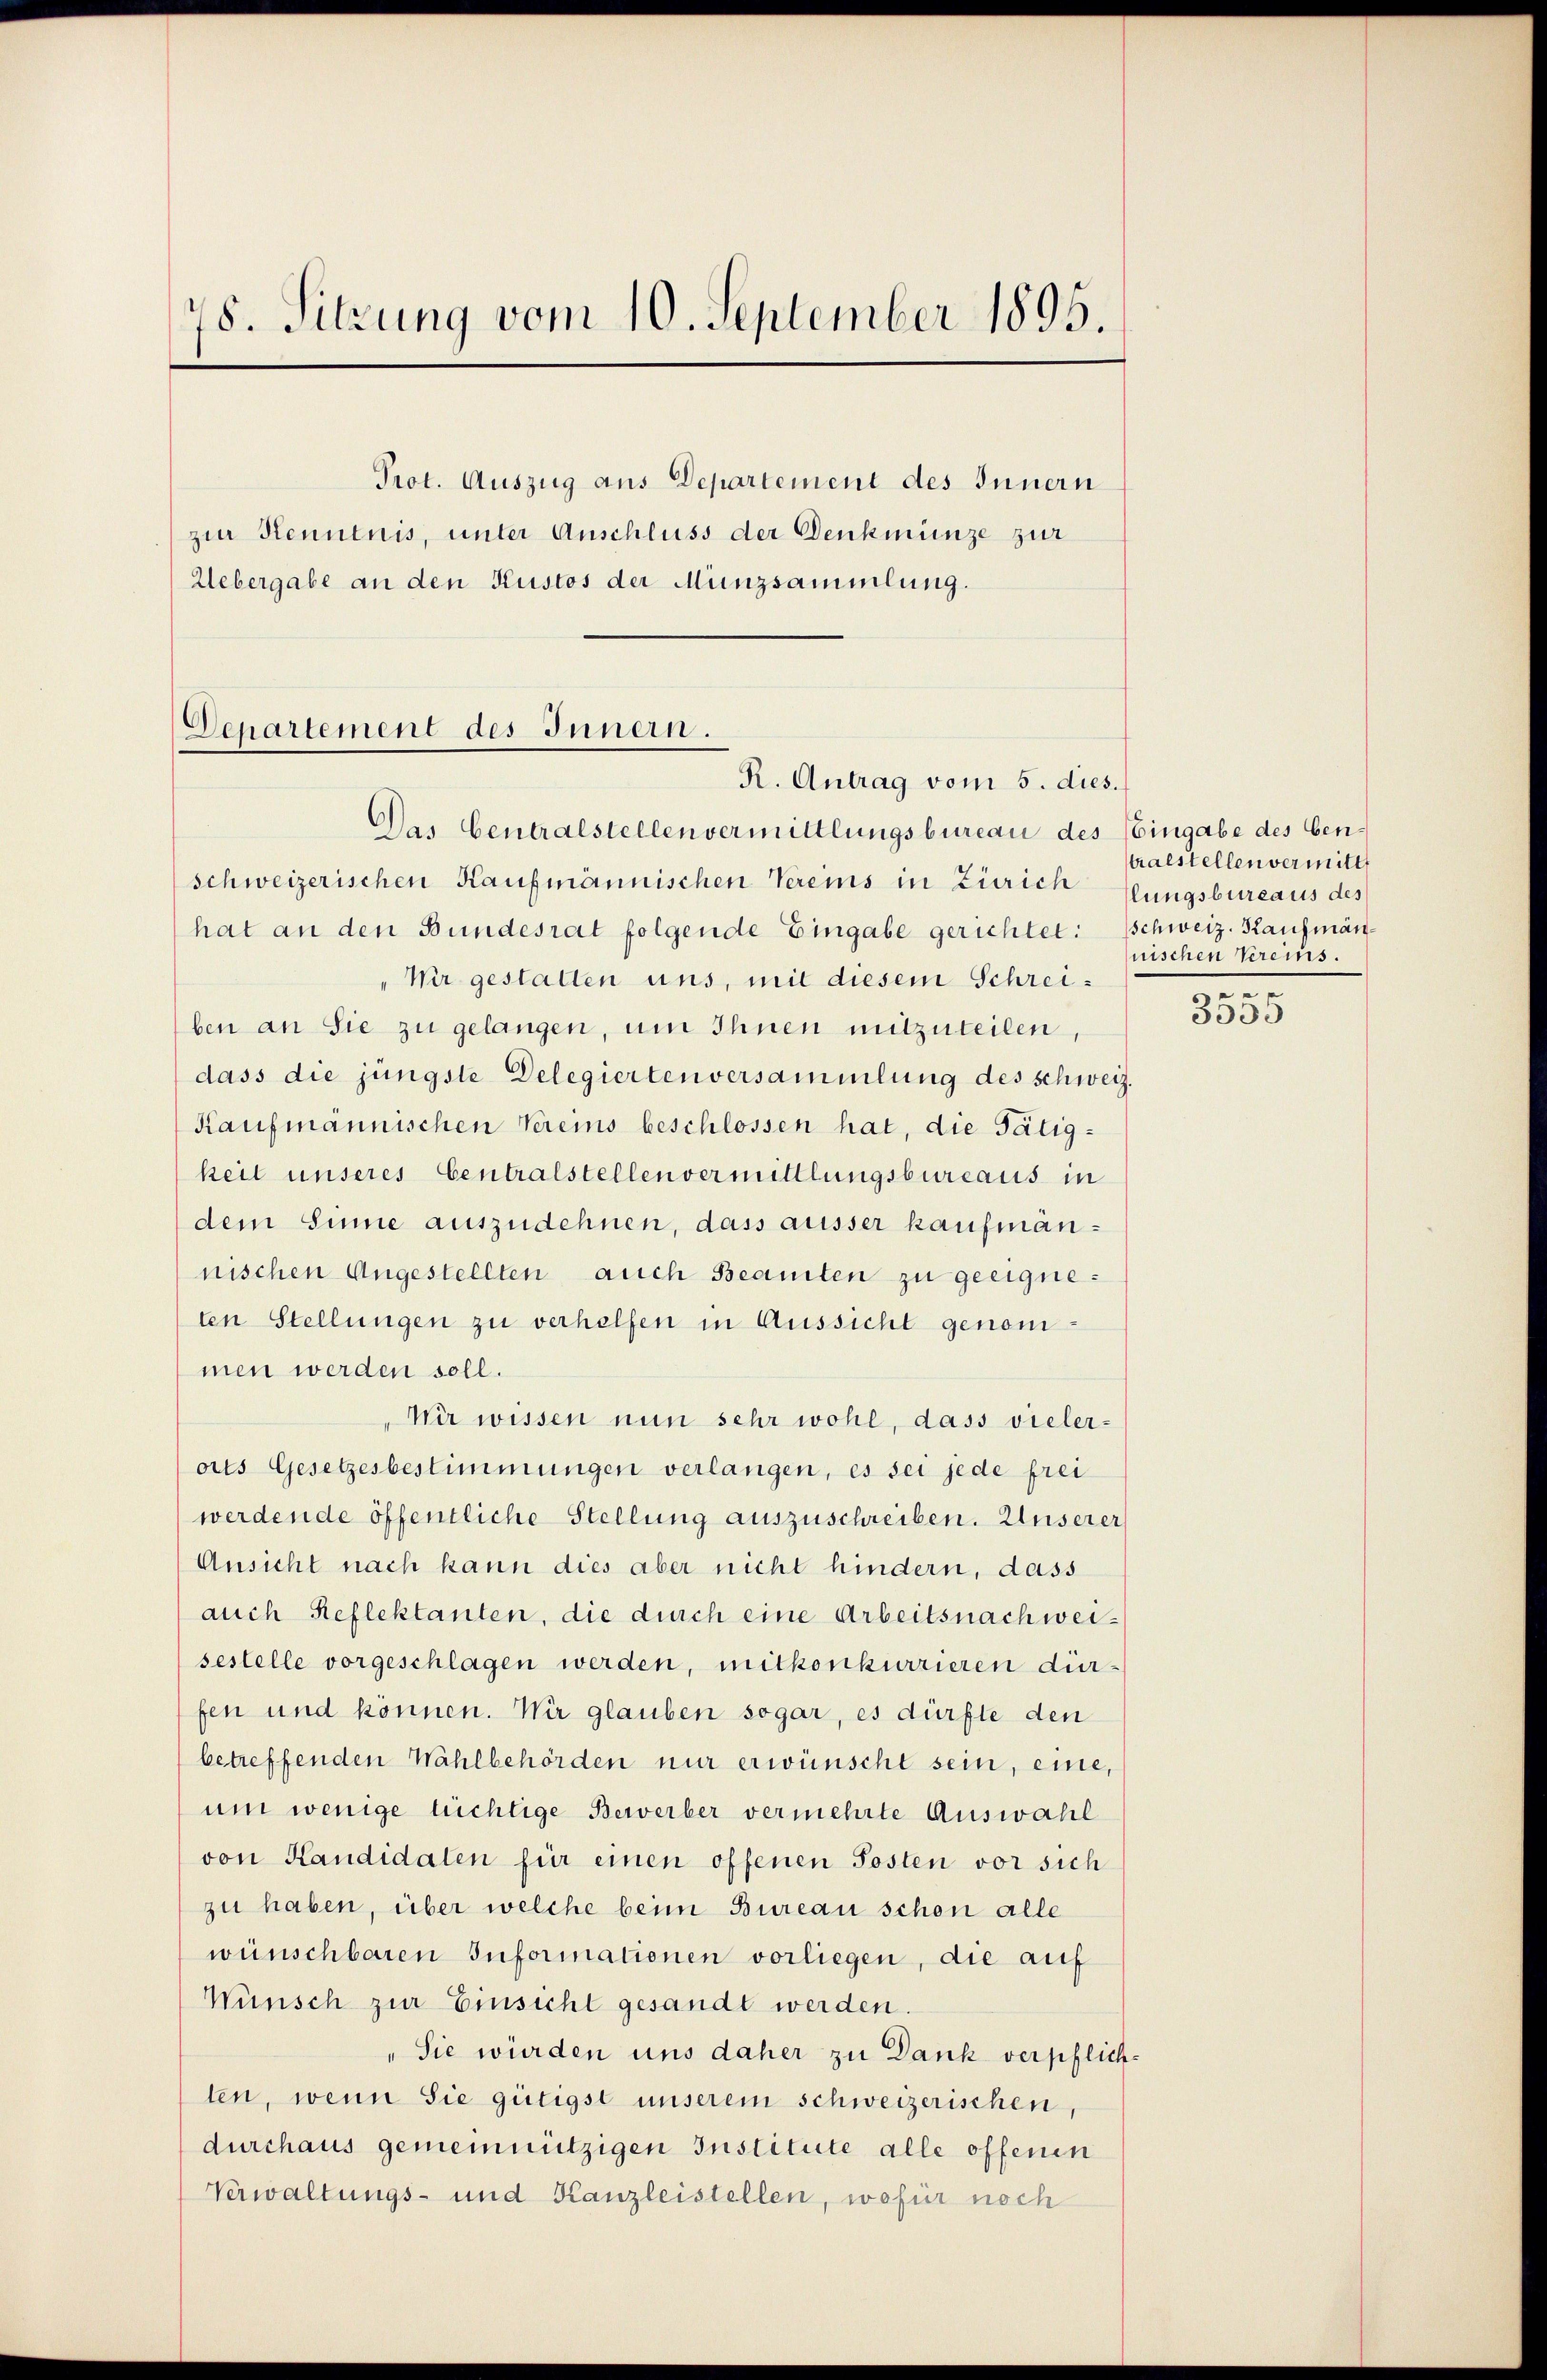
78. Sitzung vom 10. September 1895.
Prot. Auszug aus Departement des Innern
zur Kenntnis, unter Anschluss der Denkmünze zur
Uebergabe an den Kustos der Münzsammlung.

Departement des Innern.
R. Antrag vom 5. dies.

Das Centralstellen vermittlungsbureau des Eingabe des ben
schweizerischen Kaufmännischen Vereins in Zürich fungsbureaus des
hat an den Bundesrat folgende Eingabe gerichtet: Schweiz. Kaufmän¬
Wir gestatten uns, mit diesem Schreiben an Sie zu gelangen, um Ihnen mitzuteilen,
dass die jüngste Delegierten versammlung des schweiz.
Kaufmännischen Vereins beschlossen hat, die Tätigkeit unseres Centralstellen vermittlungsbureaus in
dem Sinne auszudehnen, dass ausser kaufmännischen Angestellten auch Beamten zu geeigneten Stellungen zu verhelfen in Aussicht genommen werden soll.
Wir wissen nun sehr wohl, dass vieler-
oits Gesetzesbestimmungen verlangen, es sei jede frei
werdende öffentliche Stellung auszuschreiben. Unserer
Ansicht nach kann dies aber nicht hindern, dass
auch Reflektanten, die durch eine Arbeitsnach weisestelle vorgeschlagen werden, mitkonkurrieren dür-
fen und können. Wir glauben sogar, es dürfte den
betreffenden Wahlbehörden nur erwünscht sein, eine,
um wenige tüchtige Bewerber vermehrte Auswahl
von Kandidaten für einen offenen Posten vor sich
zu haben, über welche beim Bureau schon alle
wünschbaren Informationen vorliegen, die auf
Wünsch zur Einsicht gesandt werden.
"Sie wurden uns daher zu Dank verpflichten, wenn Sie gütigst unserem schweizerischen,
durchaus gemeinnützigen Institute alle offenen
Verwaltungs- und Kanzleistellen, wofür noch

tralstellen vermitt
nischen Vereins.

.
3555